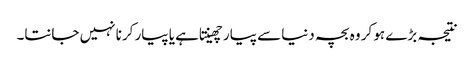
نتیجہ بڑے ہو کر وہ بچہ دنیا سے پیار چھینتا ہے یا پیار کرنا نہیں جانتا۔